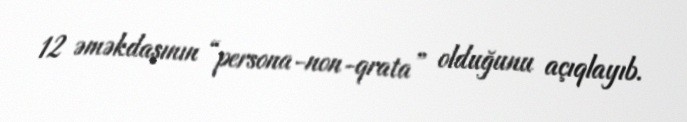
12 əməkdaşının “persona-non-qrata” olduğunu açıqlayıb.